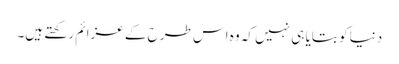
دنیا کو بتایا ہی نہیں کہ وہ اس طرح کے عزائم رکھتے ہیں۔